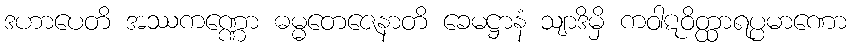
ဒဟာပေတိ အဿကဏ္ဏော ဓမ္မတေဇေနာတိ ခေမဋ္ဌာနံ သျာဒိမှိ ကဝါဋဝိတ္ထာရပ္ပမာဏော